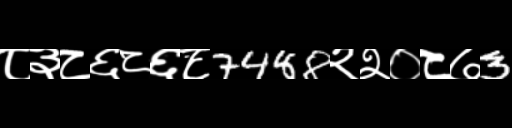
Text: ८३८६८६८7488२२०८७3